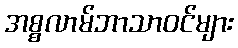
အစ္စလာမ်ဘာသာဝင်များ